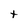
Character: t